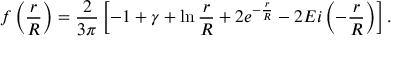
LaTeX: f \left( \frac { r } { R } \right) = \frac { 2 } { 3 \pi } \left[ - 1 + \gamma + \ln \frac { r } { R } + 2 e ^ { - \frac { r } { R } } - 2 E i \left( - \frac { r } { R } \right) \right] .